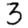
Digit: 3